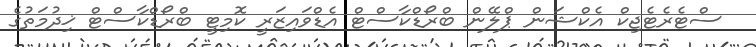
ސްޓެރެޓެޖިކް އެކްޝަން ޕްލޭން ބްރޯޑްކާސްޓް އެޑްވައިޒަރީ ކޮމިޓީ ބްރޯޑްކާސްޓް ޚިދުމަތުގެ